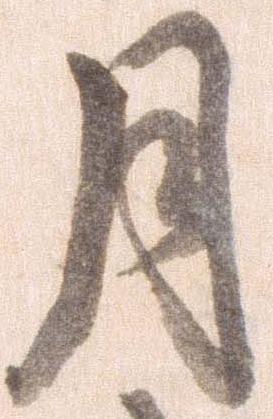
月